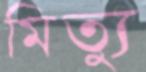
মিত্যু